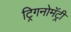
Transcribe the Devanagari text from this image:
ट्रिगनोमॅट्री